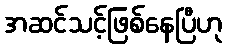
အဆင်သင့်ဖြစ်နေပြီဟု